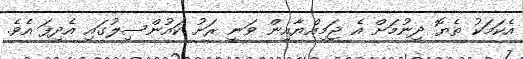
އެކަމަކު ތެޔޮ ދިނުމަށް އެ ޖަމިއްޔާއިން ވަނީ ރަށު ކައުންސިލުގައި އެދިފަ އެވެ.